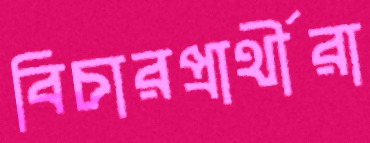
বিচারপ্রার্থীরা